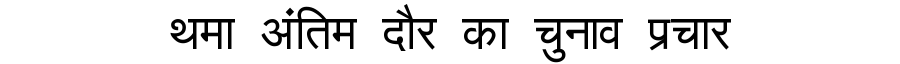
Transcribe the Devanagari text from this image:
थमा अंतिम दौर का चुनाव प्रचार